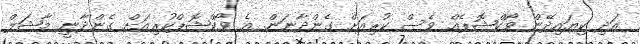
އަދި ކިޔައިދޭން ވޯކްޝޮޕެއް ވެސް ކުރިއަށް ގެންދާނަން. އެ ވޯކްޝޮޕްކުރިއަށް ގެންދާނީ މާޝަލް